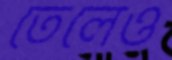
তেলেও